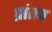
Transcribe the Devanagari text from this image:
प्रांतच